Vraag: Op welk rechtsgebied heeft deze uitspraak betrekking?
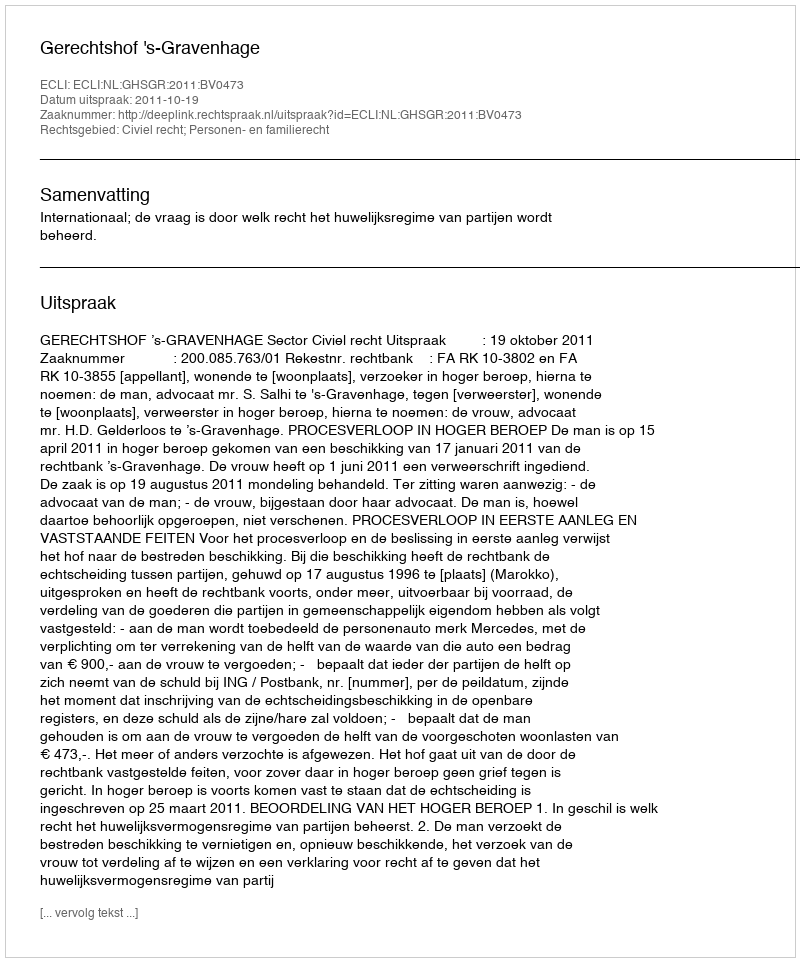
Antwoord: Civiel recht; Personen- en familierecht